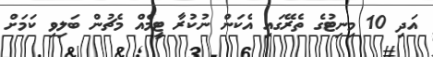
އަދި 10 މިނިޓުގެ ތެރޭގައި އެކަން ނުކުރާ ޓީމެއް މެޗުން ބަލިވި ކަމަށް